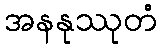
အနနုဿုတံ